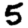
Digit: 5